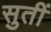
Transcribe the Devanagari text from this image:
सुतीं